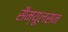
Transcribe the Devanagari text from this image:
सैम्यूलसन